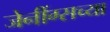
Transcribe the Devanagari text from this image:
जेनींग्सच्या